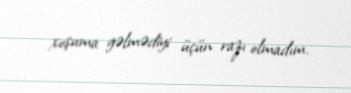
xoşuma gəlmədiyi üçün razı olmadım.